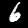
Digit: 6